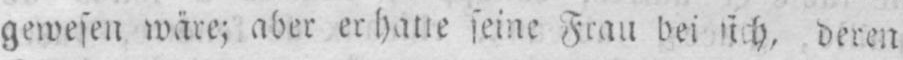
deren